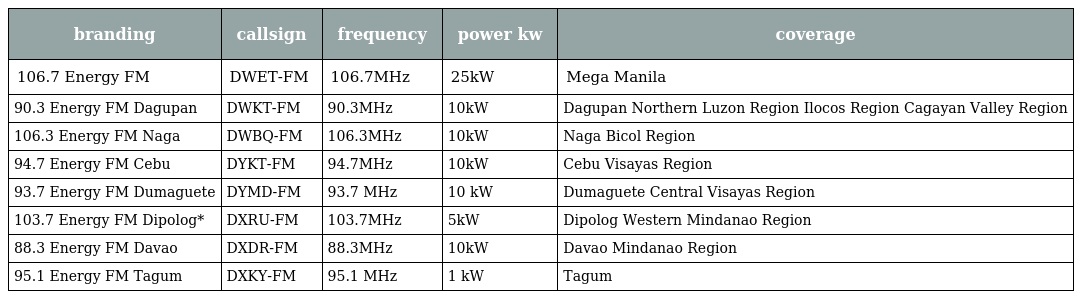
| branding | callsign | frequency | power kw | coverage |
 | --- | --- | --- | --- | --- |
 | 106.7 Energy FM | DWET-FM | 106.7MHz | 25kW | Mega Manila |
 | 90.3 Energy FM Dagupan | DWKT-FM | 90.3MHz | 10kW | Dagupan Northern Luzon Region Ilocos Region Cagayan Valley Region |
 | 106.3 Energy FM Naga | DWBQ-FM | 106.3MHz | 10kW | Naga Bicol Region |
 | 94.7 Energy FM Cebu | DYKT-FM | 94.7MHz | 10kW | Cebu Visayas Region |
 | 93.7 Energy FM Dumaguete | DYMD-FM | 93.7 MHz | 10 kW | Dumaguete Central Visayas Region |
 | 103.7 Energy FM Dipolog* | DXRU-FM | 103.7MHz | 5kW | Dipolog Western Mindanao Region |
 | 88.3 Energy FM Davao | DXDR-FM | 88.3MHz | 10kW | Davao Mindanao Region |
 | 95.1 Energy FM Tagum | DXKY-FM | 95.1 MHz | 1 kW | Tagum |